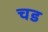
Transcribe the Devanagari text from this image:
चड